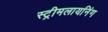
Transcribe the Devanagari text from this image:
स्ट्रीमलायनिंग